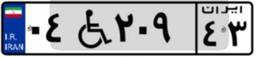
۴۹W۶۴۶۰۳